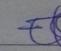
Signature authenticity: genuine